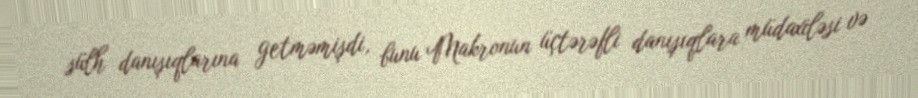
sülh danışıqlarına getməmişdi, bunu Makronun üçtərəfli danışıqlara müdaxiləsi və